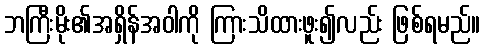
ဘကြီးမိုး၏အရှိန်အဝါကို ကြားသိထားဖူး၍လည်း ဖြစ်ရမည်။